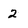
Character: 2